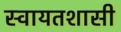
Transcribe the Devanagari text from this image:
स्वायतशासी